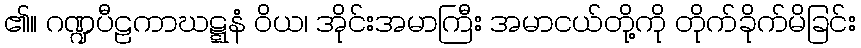
၏။ ဂဏ္ဍပီဠကာဃဋ္ဋနံ ဝိယ၊ အိုင်းအမာကြီး အမာငယ်တို့ကို တိုက်ခိုက်မိခြင်း